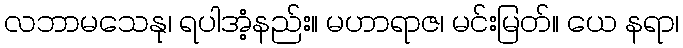
လဘာမသေနု၊ ရပါအံ့နည်း။ မဟာရာဇ၊ မင်းမြတ်။ ယေ နရာ၊